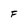
Character: F